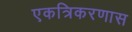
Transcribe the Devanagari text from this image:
एकत्रिकरणास